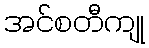
အင်စတီကျု